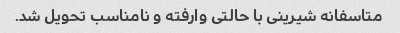
متاسفانه شیرینی با حالتی وارفته و نامناسب تحویل شد.